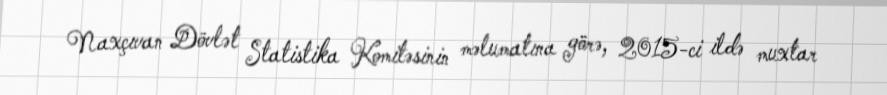
Naxçıvan Dövlət Statistika Komitəsinin məlumatına görə, 2015-ci ildə muxtar